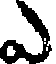
ఎ